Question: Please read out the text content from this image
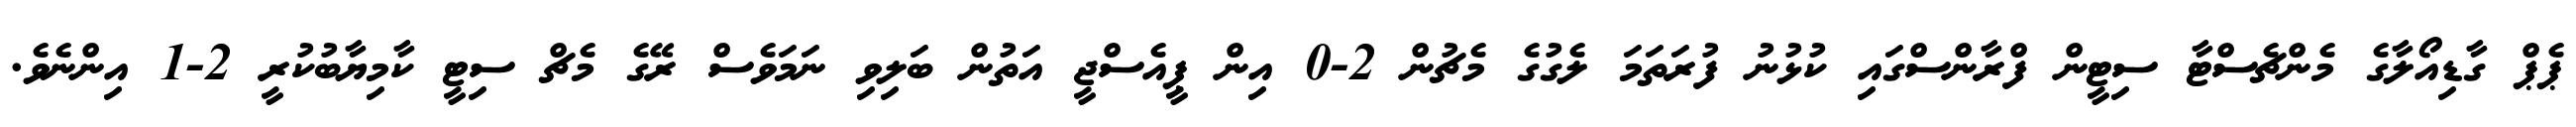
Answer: ޕެޕް ގާޑިއޯލާގެ މެންޗެސްޓާ ސިޓީން ފްރާންސްގައި ކުޅުނު ފުރަތަމަ ލެގުގެ މެޗުން 2-0 އިން ޕީއެސްޖީ އަތުން ބަލިވި ނަމަވެސް ރޭގެ މެޗް ސިޓީ ކާމިޔާބުކުރީ 2-1 އިންނެވެ.